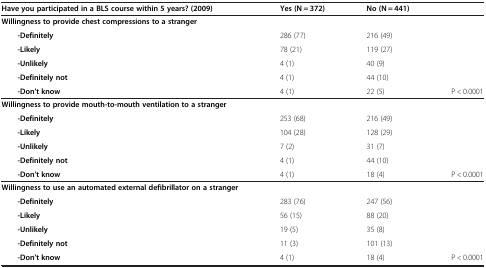
| Have you participated in a BLS course within 5 years? (2009) | Yes (N = 372) | No (N = 441) |  |
 | --- | --- | --- | --- |
 | Willingness to provide chest compressions to a stranger |  |  |  |
 | -Definitely | 286 (77) | 216 (49) |  |
 | -Likely | 78 (21) | 119 (27) |  |
 | -Unlikely | 4 (1) | 40 (9) |  |
 | -Definitely not | 4 (1) | 44 (10) |  |
 | -Don’t know | 4 (1) | 22 (5) | P < 0.0001 |
 | Willingness to provide mouth-to-mouth ventilation to a stranger |  |  |  |
 | -Definitely | 253 (68) | 216 (49) |  |
 | -Likely | 104 (28) | 128 (29) |  |
 | -Unlikely | 7 (2) | 31 (7) |  |
 | -Definitely not | 4 (1) | 44 (10) |  |
 | -Don’t know | 4 (1) | 18 (4) | P < 0.0001 |
 | Willingness to use an automated external defibrillator on a stranger |  |  |  |
 | -Definitely | 283 (76) | 247 (56) |  |
 | -Likely | 56 (15) | 88 (20) |  |
 | -Unlikely | 19 (5) | 35 (8) |  |
 | -Definitely not | 11 (3) | 101 (13) |  |
 | -Don’t know | 4 (1) | 18 (4) | P < 0.0001 |